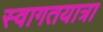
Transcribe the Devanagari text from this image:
स्वागतयात्रा